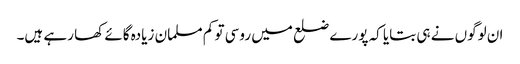
ان لوگوں نے ہی بتایا کہ پورے ضلع میں روسی تو کم مسلمان زیادہ گائے کھا رہے ہیں۔